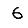
Digit: 6